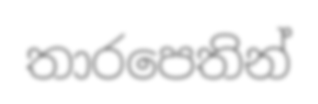
තාරපෙතින්